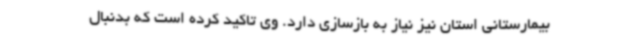
بیمارستانی استان نیز نیاز به بازسازی دارد. وی تاکید کرده است که بدنبال